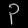
Digit: ၃